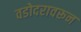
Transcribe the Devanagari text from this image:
वडोदरावरून